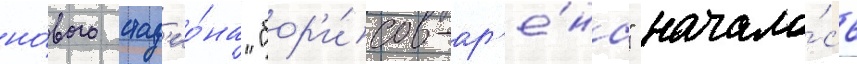
но́вого стад'ио́на "бор'и́сов-ар'е́на" начало́сь